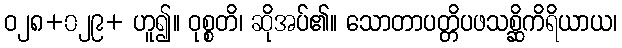
ဝ၂၈+၀၂၉+ ဟူ၍။ ဝုစ္စတိ၊ ဆိုအပ်၏။ သောတာပတ္တိပဖသစ္ဆိကိရိယာယ၊